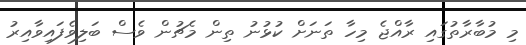
މި މުބާރާތުގައި ރާއްޖެ މިހާ ތަނަށް ކުޅުނު ތިން މެޗުން ވެސް ބަލިވެފައިވާއިރު